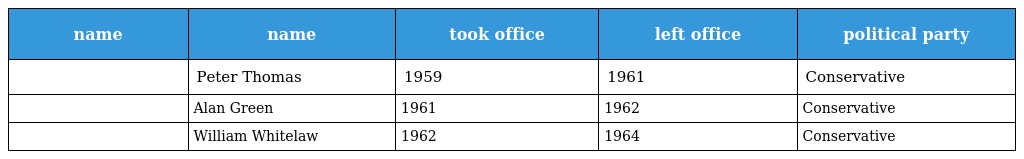
| name | name | took office | left office | political party |
 | --- | --- | --- | --- | --- |
 |  | Peter Thomas | 1959 | 1961 | Conservative |
 |  | Alan Green | 1961 | 1962 | Conservative |
 |  | William Whitelaw | 1962 | 1964 | Conservative |